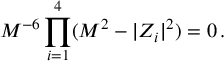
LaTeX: M ^ { - 6 } \prod _ { i = 1 } ^ { 4 } ( M ^ { 2 } - | Z _ { i } | ^ { 2 } ) = 0 \, .